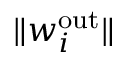
\| w _ { i } ^ { \mathrm { o u t } } \|